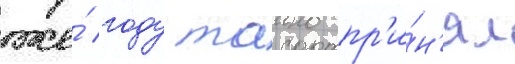
же́ году таино пр'и́н'ял